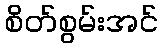
စိတ်စွမ်းအင်